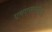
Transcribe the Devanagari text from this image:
एमएसएलओ